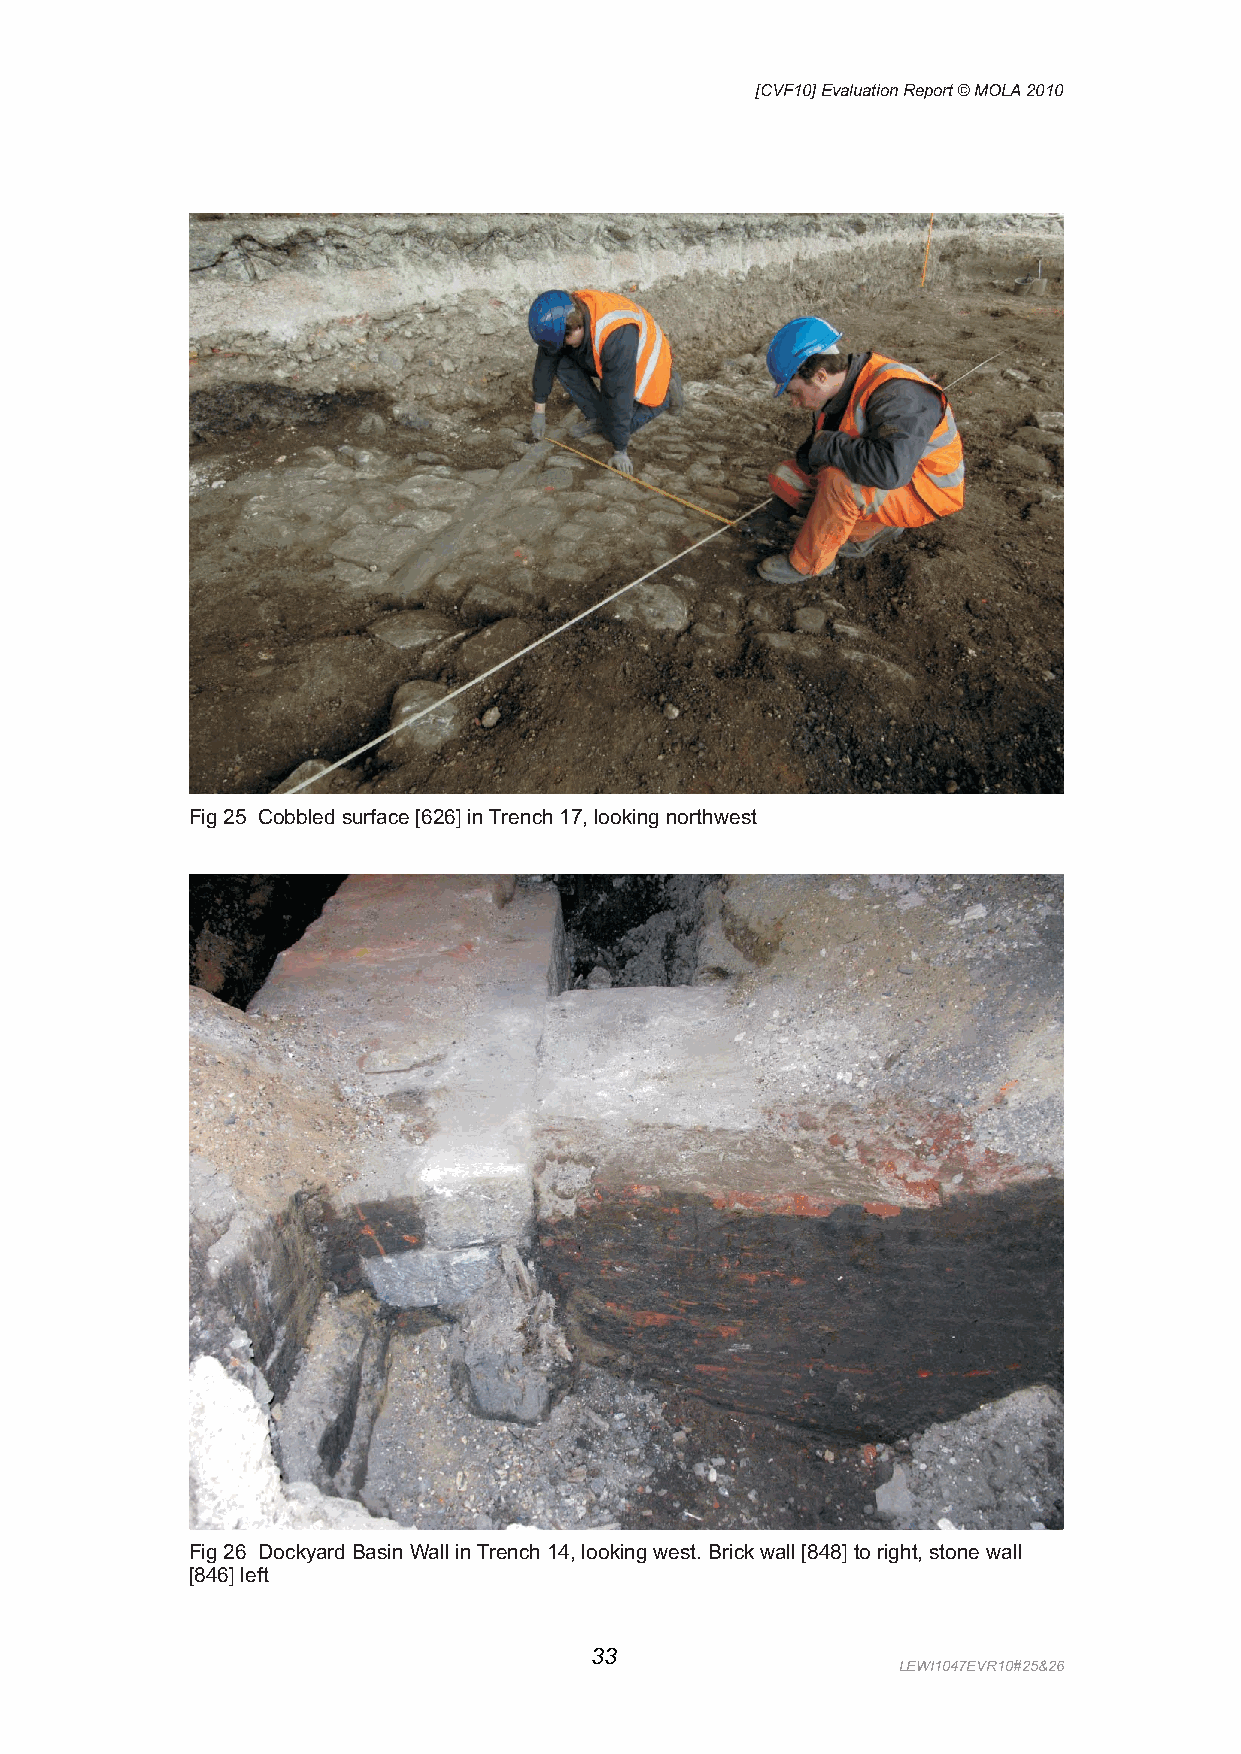
[CVF10] Evaluation Report © MOLA 2010
 Fig 25 Cobbled surface [626] in Trench 17, looking northwest
 Fig 26 Dockyard Basin Wall in Trench 14, looking west. Brick wall [848] to right, stone wall
 [846] left
 33
 LEWI1047EVR10#25&26